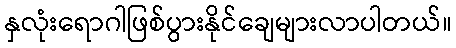
နှလုံးရောဂါဖြစ်ပွားနိုင်ချေများလာပါတယ်။